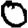
Digit: 0